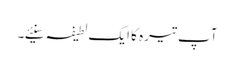
آپ تیرہ کا ایک لطیفہ سنیئے۔